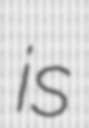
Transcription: is